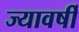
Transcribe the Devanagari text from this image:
ज्यावर्षी